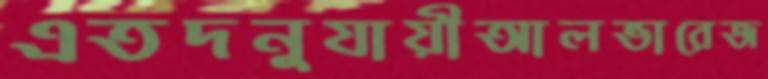
এতদনুযায়ীআলভারেজ